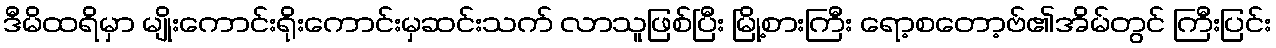
ဒီမိထရိမှာ မျိုးကောင်းရိုးကောင်းမှဆင်းသက် လာသူဖြစ်ပြီး မြို့စားကြီး ရော့စတော့ဗ်၏အိမ်တွင် ကြီးပြင်း